Scottish Leaving Certificate Examination, 1954
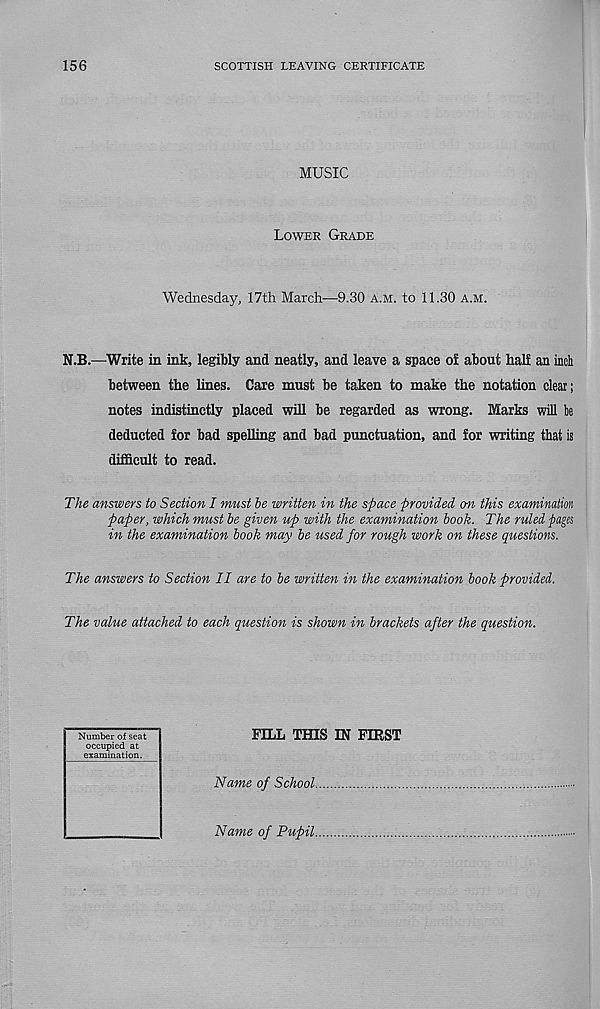
156
SCOTTISH LEAVING CERTIFICATE
MUSIC
Lower Grade
Wednesday, 17th March—9.30 a.m. to 11.30 a.m.
N.B.—Write in ink, legibly and neatly, and leave a space of about half an incli
between the lines. Care must be taken to make the notation clear;
notes indistinctly placed will be regarded as wrong. Marks will be
deducted for bad spelling and bad punctuation, and for writing that is
difficult to read.
The answers to Section I must he written in the space provided on this examination
paper, which must he given up with the examination hook. The ruled ■pages
in the examination hook may he used for rough work on these questions.
The answers to Section II are to he written in the examination hook provided.
The value attached to each question is shown in brackets after the question.
Number of seat
occupied at
examination.
FILL THIS IN FIRST
Name of School
Name of Pupil.